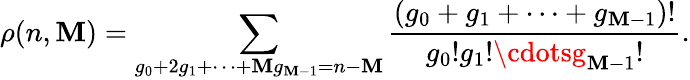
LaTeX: \rho(n,\mathbf{M})=\sum_{g_{0}+2g_{1}+\cdots+\mathbf{M}g_{\mathbf{M}-1}=n-\mathbf{M}}\frac{{(g_{0}+g_{1}+\cdots+g_{\mathbf{M}-1})!}}{{g_{0}!g_{1}!\cdotsg_{\mathbf{M}-1}!}}.